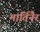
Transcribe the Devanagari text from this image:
मार्तिनैर